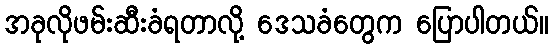
အခုလိုဖမ်းဆီးခံရတာလို့ ဒေသခံတွေက ပြောပါတယ်။